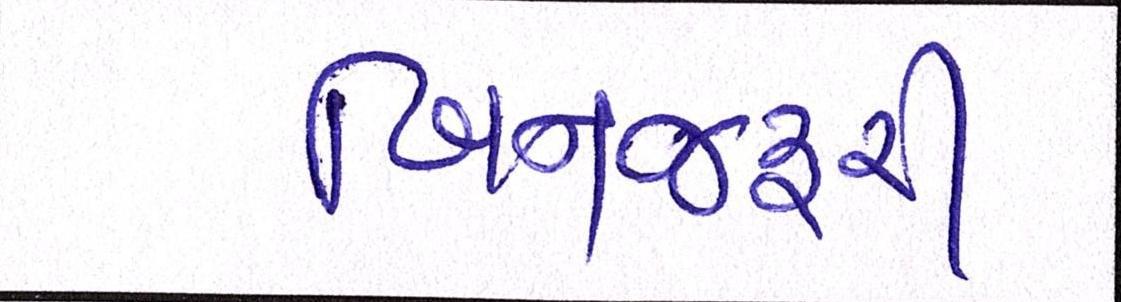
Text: બિનજરૂરી